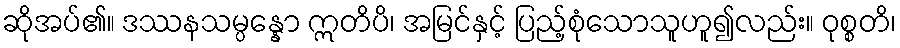
ဆိုအပ်၏။ ဒဿနသမ္ပန္နော ဣတိပိ၊ အမြင်နှင့် ပြည့်စုံသောသူဟူ၍လည်း။ ဝုစ္စတိ၊